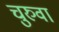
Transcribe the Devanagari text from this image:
चुरुवा